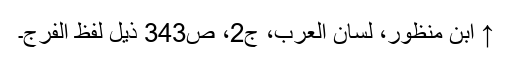
↑ ابن منظور، لسان العرب، ج2، ص343 ذیل لفظ اَلفَرَج۔